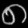
Digit: ၈